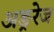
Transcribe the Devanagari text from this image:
अङ्ररेज